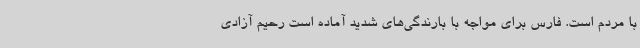
با مردم است. فارس برای مواجه با بارندگی‌های شدید آماده است رحیم آزادی